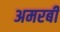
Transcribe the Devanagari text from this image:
अमरबी